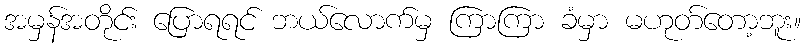
အမှန်အတိုင်း ပြောရရင် ဘယ်လောက်မှ ကြာကြာ ခံမှာ မဟုတ်တော့ဘူး။